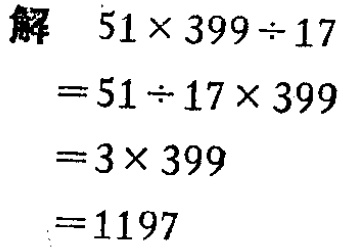
解
\[
\begin{align*}
&51\times399\div17\\
=&51\div17\times399\\
=&3\times399\\
=&1197
\end{align*}
\]